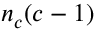
n _ { c } ( c - 1 )